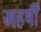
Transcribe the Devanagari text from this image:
महर्षीं